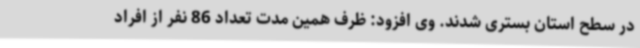
در سطح استان بستری شدند. وی افزود: ظرف همین مدت تعداد 86 نفر از افراد